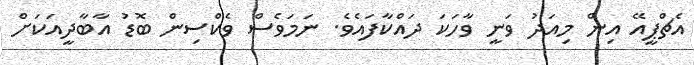
އެޗްޕީއޭ އިން މިއަދު ވަނީ ވާހަކަ ދައްކާފައެވެ. ނަމަވެސް ވެކްސިން ބޮޑު އާބާދީއަކަށް